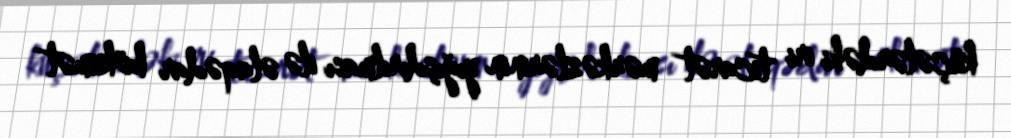
küçələrdəki iri ticarət mərkəzlərinin yığışdırılması ilə əlaqədar hökumət